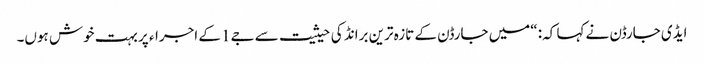
ایڈی جارڈن نے کہا کہ: “میں جارڈن کے تازہ ترین برانڈ کی حیثیت سے جے1 کے اجراء پر بہت خوش ہوں۔